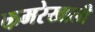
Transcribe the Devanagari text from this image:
कमरेखाली